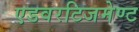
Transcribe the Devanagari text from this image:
एडवरटिजमेण्ट